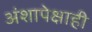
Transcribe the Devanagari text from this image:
अंशापेक्षाही